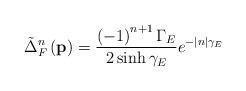
\begin{align*}\tilde{\Delta}_F^n\left( \mathbf{p}\right) =\frac{\left( -1\right)^{n+1}\Gamma _E}{2\sinh \gamma _E}e^{-|n|\gamma _E}\end{align*}